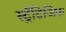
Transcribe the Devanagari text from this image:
स्ट्रॅटिजिक